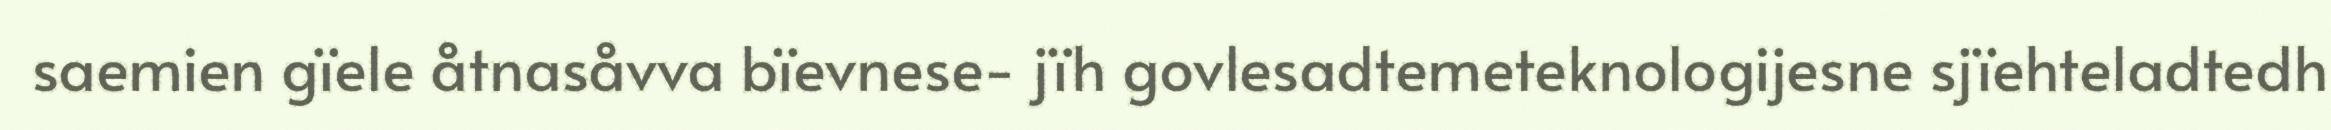
saemien gïele åtnasåvva bïevnese- jïh govlesadtemeteknologijesne sjïehteladtedh